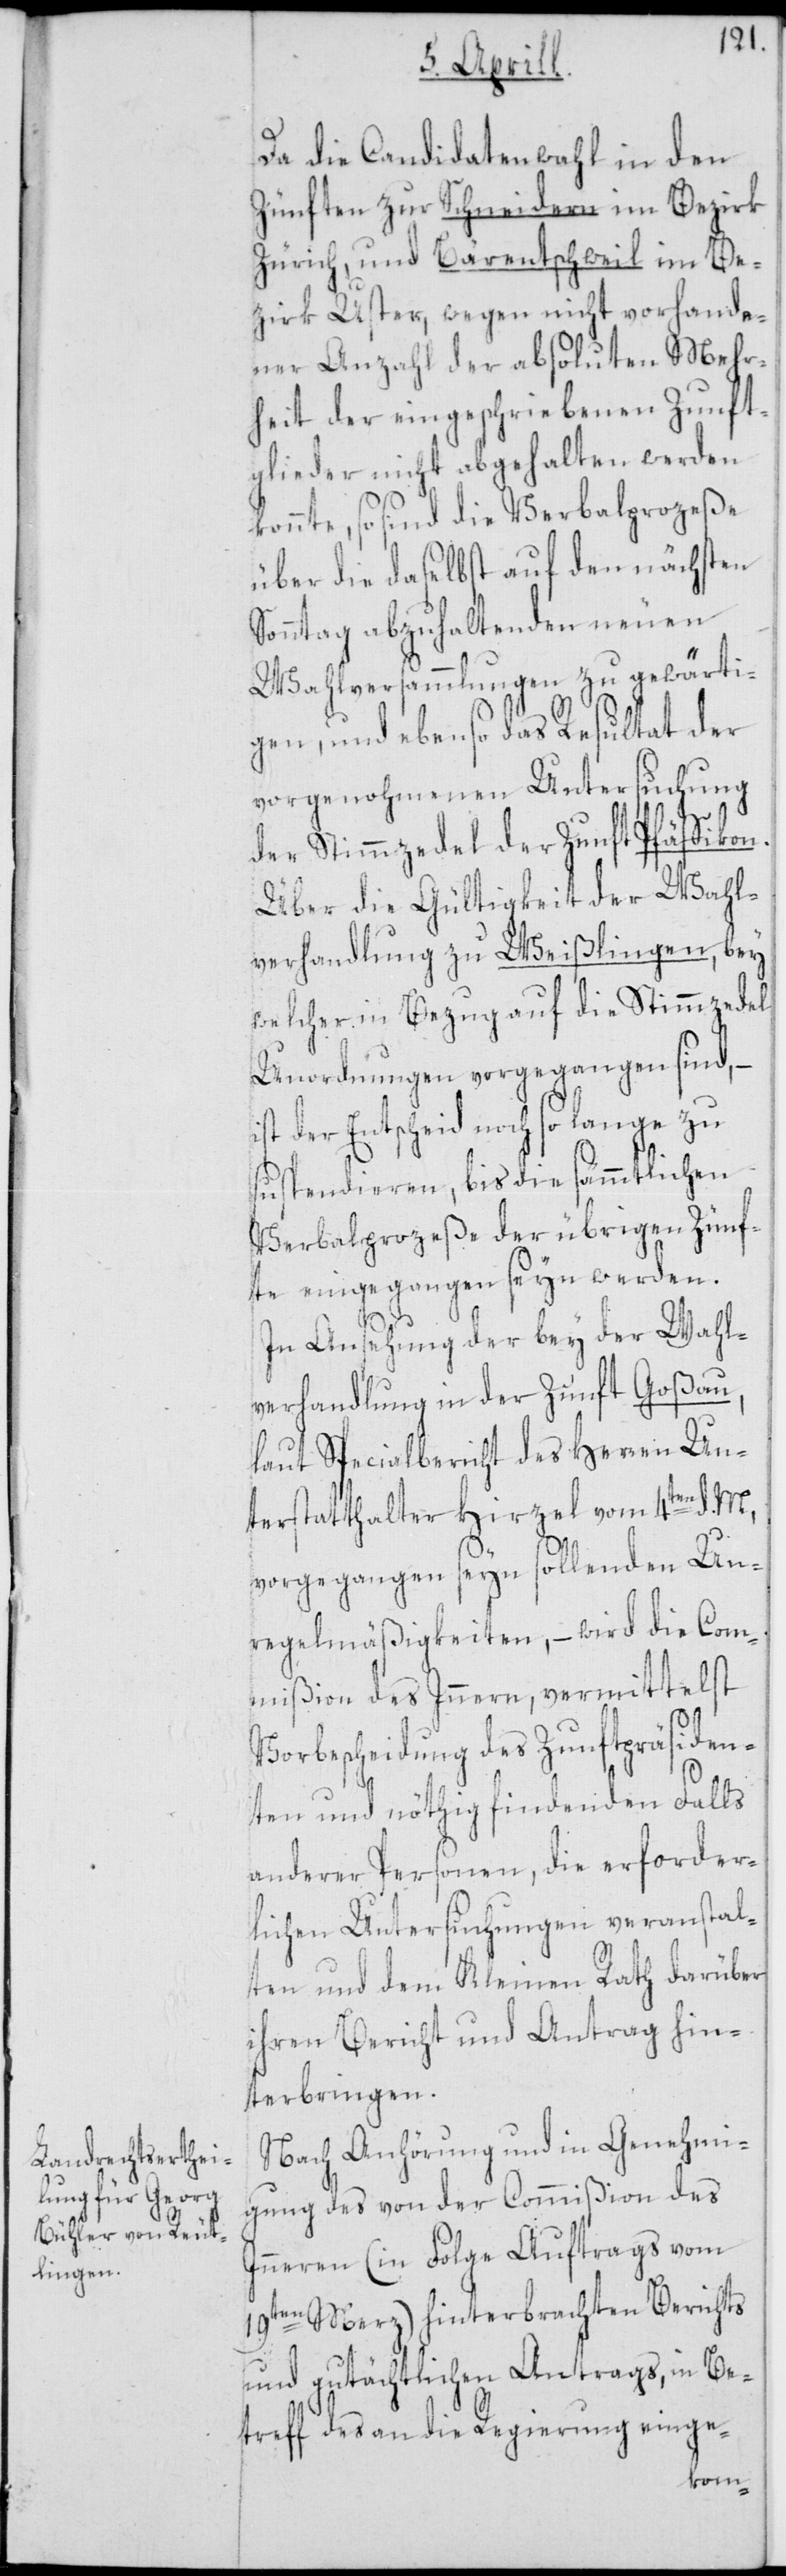
Da die Candidatenwahl in den
Zünften zur Schneidern im Bezirk
Zürich, und Bärentschweil im Be¬
zirk Uster, wegen nicht vorhande¬
ner Anzahl der absoluten Mehr¬
heit der eingeschriebenen Zunft¬
glieder nicht abgehalten werden
konnte, so sind die Verbalprozeße
über die daselbst auf den nächsten
Sonntag abzuhaltenden neuen
Wahlversammlungen zu gewärti¬
gen, und ebenso das Resultat der
vorgenohmenen Untersuchung
der Stimmzedel der Zunft Pfäffikon.
Über die Gültigkeit der Wahl¬
verhandlung zu Weißlingen, bey
welcher in Bezug auf die Stimmzedel
Unordnungen vorgegangen sind,
ist der Entscheid noch so lange zu
suspendieren, bis die sämmtlichen
Verbalprozeße der übrigen Zünf¬
te eingegangen seyn werden.
In Ansehung der bey der Wah¬
lverhandlung in der Zunft Goßau,
laut Spezialbericht des Herren Un¬
terstatthalter Hirzel vom 4ten d.
vorgegangen seyn sollenden Un¬
regelmäßigkeiten, – wird die Com¬
mißion des Inneren, vermittelst
Vorbescheidung des Zunftpräsiden¬
ten und nöthig findenden Falls
anderer Personen, die erforder¬
lichen Untersuchungen veranstal¬
ten und dem Kleinen Rath darüber
ihren Bericht und Antrag hin¬
terbringen.
Nach Anhörung und in Genehmi¬
gung des von der Commißion des
Inneren (in Folge Auftrags vom
19ten Merz) hinterbrachten Berichts
und gutächtlichen Antrags, in Be¬
treff des an die Regierung einge-